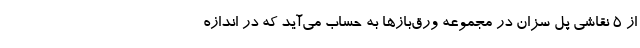
از ۵ نقاشی پل سزان در مجموعه ورق‌باز‌ها به حساب می‌آید که در اندازه